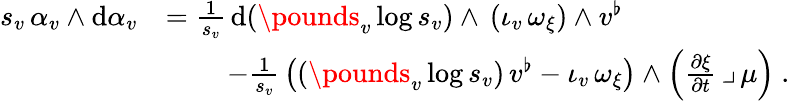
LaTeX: \begin{array}{rl}{s_{v}\, \alpha_{v}\wedge\mathrm{d}\alpha_{v}}&{=\frac{1}{s_{v}}\, \mathrm{d}(\pounds_{v}\log s_{v})\wedge\, (\iota_{v}\, \omega_{\xi})\wedge v^{\flat}}\\ &{\qquad\, -\frac{1}{s_{v}}\, \big((\pounds_{v}\log s_{v})\, v^{\flat}-\iota_{v}\, \omega_{\xi}\big)\wedge\Big(\frac{\partial\xi}{\partial t}\, \lrcorner\, \mu\Big)\ .}\end{array}